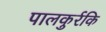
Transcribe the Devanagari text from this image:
पालकुर्रकि